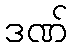
ဒဏ်